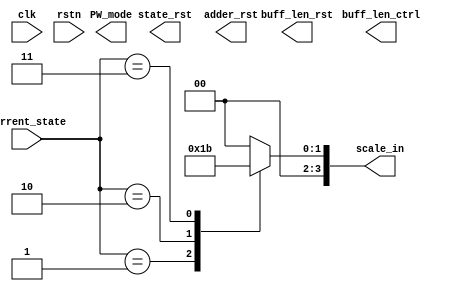
`timescale 1ns / 1ps

module ConvCtrl # (
    parameter           CONV_IN_NUM              =   9                                    ,
    parameter           CONV_OUT_NUM             =   18                                   ,
    parameter           APM_COL_NUM             =   CONV_OUT_NUM / 2                      ,//9
    parameter           APM_ROW_NUM             =   CONV_IN_NUM                           ,//9
    parameter           DATA_WIDTH              =   8                                    ,
    parameter           WEIGHT_WIDTH            =   8                                    ,
    parameter           BIAS_WIDTH              =   16                                   ,
    parameter           MULT_PIPELINE_STAGE     =   2                                    ,
    parameter           ROW_BUFFER_DEPTH        =   9                           
)
(
    input   wire                            clk                         ,
    input   wire                            rstn                        ,
//state_top
    input   wire    [2:0]                   current_state               ,
    output  wire                            state_rst                   , 
//control signal inner conv                  
    output  wire                            adder_rst                   ,
    output  reg     [3:0]                   scale_in                    ,
    output  wire                            PW_mode                     ,
    output  wire    [ROW_BUFFER_DEPTH-1:0]  buff_len_ctrl               ,
    output  wire                            buff_len_rst                
);
    localparam  INIT_state = 3'b000 ;
    localparam  A_state = 3'b001    ;
    localparam  B_state = 3'b010    ;
    localparam  C_state = 3'b011    ;

    localparam  SCALE_INIT = 4'd0   ;
    localparam  SCALE_A = 4'd1      ;
    localparam  SCALE_B = 4'd2      ;
    localparam  SCALE_C = 4'd3      ;
//scale signal generate
    always @(*) begin
        case (current_state)
            INIT_state:begin
                scale_in = SCALE_INIT;
            end
            A_state:begin
                scale_in = SCALE_A;
            end
            B_state:begin
                scale_in = SCALE_B;
            end
            C_state:begin
                scale_in = SCALE_C;
            end
            default:begin
                scale_in = SCALE_INIT;
            end
        endcase
    end

//adder_rst signal generate
    
endmodule